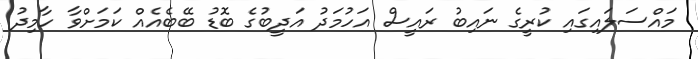
މައްސަލައިގައި ކުރީގެ ނައިބު ރައީސް އަހުމަދު އަދީބުގެ ބޮޑު ބޭބެއެއް ކަމަށްވާ ހާމިދު